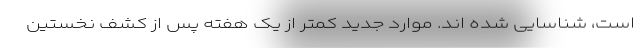
است، شناسایی شده اند. موارد جدید کمتر از یک هفته پس از کشف نخستین